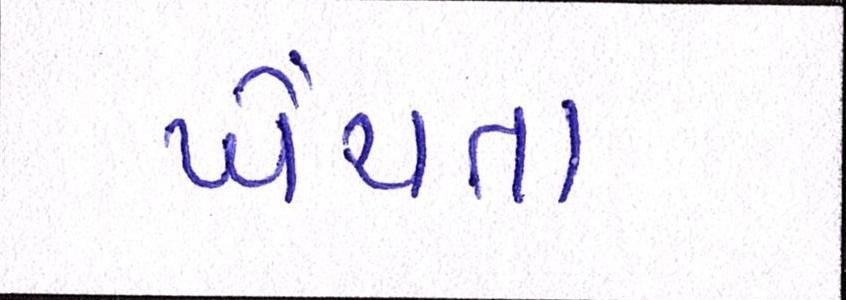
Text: ખેંચતા